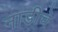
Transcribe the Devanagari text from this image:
नाडीचे